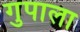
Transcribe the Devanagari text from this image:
गुपाला